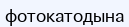
фотокатодына